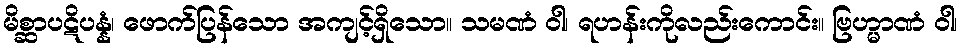
မိစ္ဆာပဋိပန္နံ၊ ဖောက်ပြန်သော အကျင့်ရှိသော။ သမဏံ ဝါ၊ ရဟန်းကိုလည်းကောင်း။ ဗြဟ္မာဏံ ဝါ၊